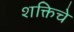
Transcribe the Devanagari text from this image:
शक्तिचे